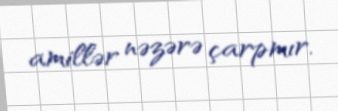
amillər nəzərə çarpmır.